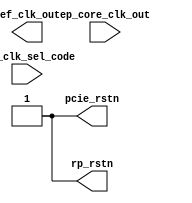
module altpcietb_rst_clk (
           ref_clk_sel_code,
           ref_clk_out,
           pcie_rstn,
           ep_core_clk_out,
           rp_rstn
);

input [3:0] ref_clk_sel_code;

output       ref_clk_out;
output     pcie_rstn;
output     rp_rstn;
input      ep_core_clk_out;

integer   half_period;
reg     ref_clk_out;
reg     pcie_rstn;
reg     rp_rstn;

integer   core_clk_out_period;
integer   core_clk_cnt = 0;
integer   refclk_cnt = 0;
always @(ref_clk_sel_code)
  case (ref_clk_sel_code)
  4'h0: half_period = 5000;
  4'h1: half_period = 4000;
  4'h2: half_period = 3200;
  4'h3: half_period = 2000;
  default: half_period = 5000;
  endcase

  always
    #half_period  ref_clk_out <= ~ref_clk_out;

always @(posedge ref_clk_out)
  begin
  if (rp_rstn == 0)
    refclk_cnt <= 0;
  else
    refclk_cnt <= refclk_cnt + 1;

  if ((refclk_cnt == 200) & (core_clk_cnt > 10))
    $display("INFO: Core Clk Frequency: %5.2f Mhz",1000000/(half_period*2*200/core_clk_cnt));
  end


always @(posedge ep_core_clk_out)
  if (rp_rstn == 0)
    core_clk_cnt <= 0;
  else
    core_clk_cnt <= core_clk_cnt + 1;



  initial
    begin
      pcie_rstn         = 1'b1;
      rp_rstn           = 1'b0;
      ref_clk_out       = 1'b0;
      #1000
      pcie_rstn         = 1'b0;
      rp_rstn           = 1'b1;
      #1000
      rp_rstn           = 1'b0;
      #1000
      rp_rstn           = 1'b1;
      #1000
      rp_rstn           = 1'b0;
      #200000 pcie_rstn = 1'b1;
      #100000 rp_rstn   = 1'b1;
    end

endmodule